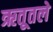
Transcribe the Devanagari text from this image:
ऋतूतले